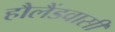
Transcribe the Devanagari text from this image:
हौलैंडवासी